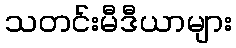
သတင်းမီဒီယာများ